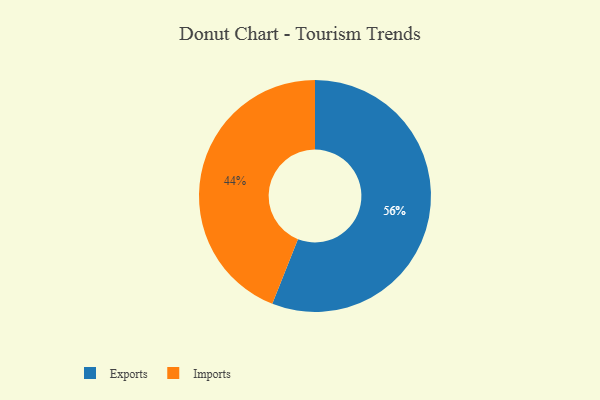
{"axis": {"x": "Category", "y": "Percentage"}, "legend": ["Exports", "Imports"], "data": [{"x": "Exports", "y": 56, "type": "Exports"}, {"x": "Imports", "y": 44, "type": "Imports"}]}